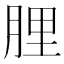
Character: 䤚